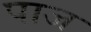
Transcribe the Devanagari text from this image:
पाज